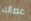
عصاك